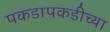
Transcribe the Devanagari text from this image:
पकडापकडीच्या